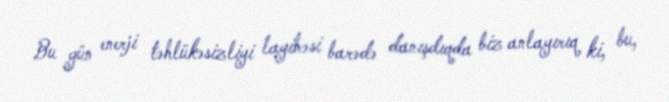
Bu gün enerji təhlükəsizliyi layihəsi barədə danışdıqda biz anlayırıq ki, bu,